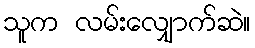
သူက လမ်းလျှောက်ဆဲ။